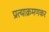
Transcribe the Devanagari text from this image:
प्रत्याक्रमणकर